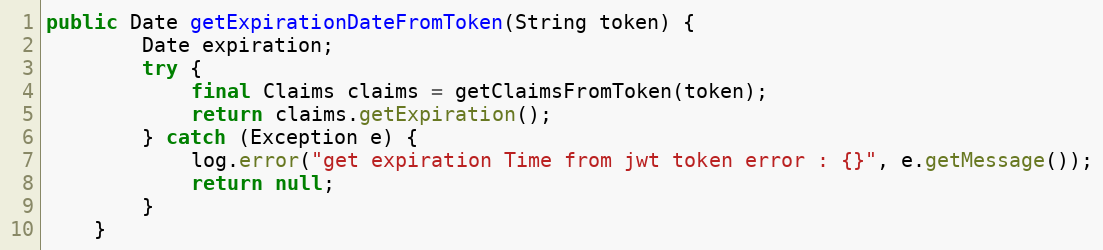
Language: Java
public Date getExpirationDateFromToken(String token) {
        Date expiration;
        try {
            final Claims claims = getClaimsFromToken(token);
            return claims.getExpiration();
        } catch (Exception e) {
            log.error("get expiration Time from jwt token error : {}", e.getMessage());
            return null;
        }
    }